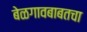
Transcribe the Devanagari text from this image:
बेळगावबाबतचा